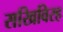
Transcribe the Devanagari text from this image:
सखिविरह